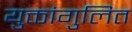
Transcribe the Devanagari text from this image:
युक्तांगुलित